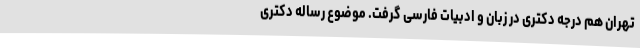
تهران هم درجه دکتری در زبان و ادبیات فارسی گرفت. موضوع رساله دکتری